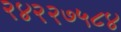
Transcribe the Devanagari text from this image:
२४२२७५८४